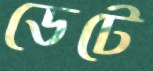
ডেটে